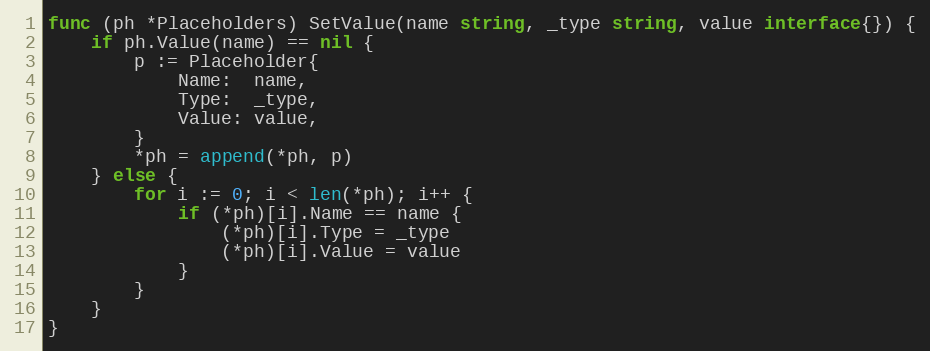
Language: Go
func (ph *Placeholders) SetValue(name string, _type string, value interface{}) {
	if ph.Value(name) == nil {
		p := Placeholder{
			Name:  name,
			Type:  _type,
			Value: value,
		}
		*ph = append(*ph, p)
	} else {
		for i := 0; i < len(*ph); i++ {
			if (*ph)[i].Name == name {
				(*ph)[i].Type = _type
				(*ph)[i].Value = value
			}
		}
	}
}